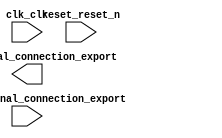

module nios_setup_v2 (
	clk_clk,
	reset_reset_n,
	switch_external_connection_export,
	led_external_connection_export);	

	input		clk_clk;
	input		reset_reset_n;
	input		switch_external_connection_export;
	output		led_external_connection_export;
endmodule